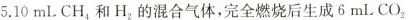
5.10mLCH_{4}和H_{2}的混合气体，完全燃烧后生成6mLCO_{2}